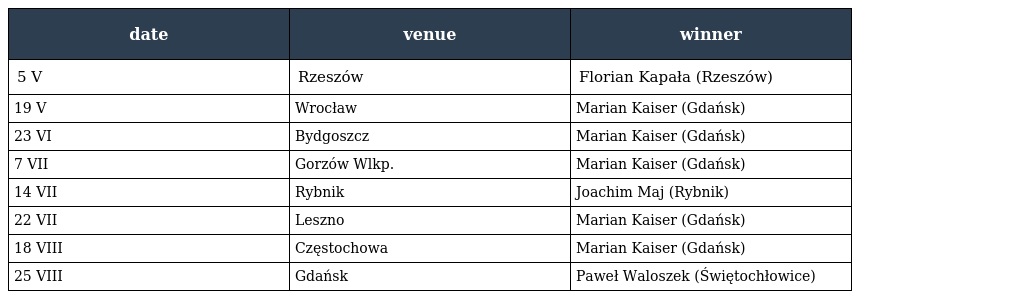
| date | venue | winner |
 | --- | --- | --- |
 | 5 V | Rzeszów | Florian Kapała (Rzeszów) |
 | 19 V | Wrocław | Marian Kaiser (Gdańsk) |
 | 23 VI | Bydgoszcz | Marian Kaiser (Gdańsk) |
 | 7 VII | Gorzów Wlkp. | Marian Kaiser (Gdańsk) |
 | 14 VII | Rybnik | Joachim Maj (Rybnik) |
 | 22 VII | Leszno | Marian Kaiser (Gdańsk) |
 | 18 VIII | Częstochowa | Marian Kaiser (Gdańsk) |
 | 25 VIII | Gdańsk | Paweł Waloszek (Świętochłowice) |